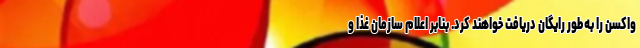
واکسن را به‌طور رایگان دریافت خواهند کرد. بنابر اعلام سازمان غذا و